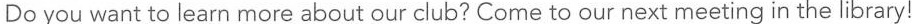
Do you want to learn more about our club? Come to our next meeting in the library!